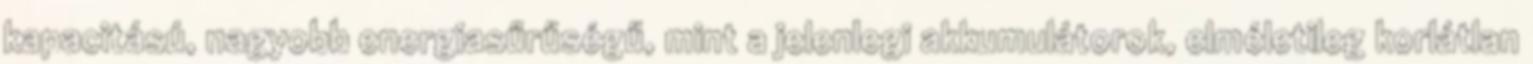
kapacitású, nagyobb energiasűrűségű, mint a jelenlegi akkumulátorok, elméletileg korlátlan